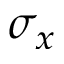
\sigma _ { x }